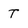
Character: T